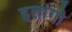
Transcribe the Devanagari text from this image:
इलांगो